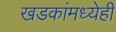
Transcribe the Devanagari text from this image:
खडकांमध्येही